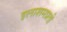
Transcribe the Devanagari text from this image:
इलाशमप्रती